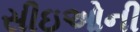
સીઇઓની